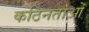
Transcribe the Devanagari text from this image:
कठिनताओं